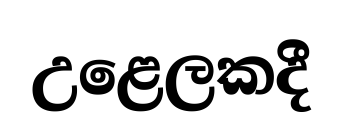
උළෙලකදී